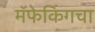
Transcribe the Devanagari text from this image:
मॅफेकिंगचा